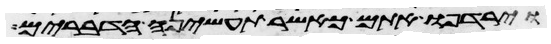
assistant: וירדפו אתם כאשר תעשינה הדברים